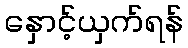
နှောင့်ယှက်ရန်